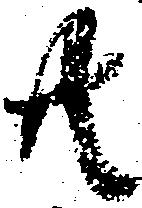
共